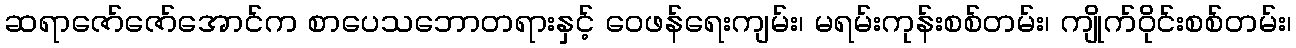
ဆရာဇော်ဇော်အောင်က စာပေသဘောတရားနှင့် ဝေဖန်ရေးကျမ်း၊ မရမ်းကုန်းစစ်တမ်း၊ ကျိုက်ဝိုင်းစစ်တမ်း၊